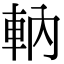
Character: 軜